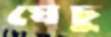
ঘেচু